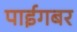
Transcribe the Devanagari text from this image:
पाईगबर